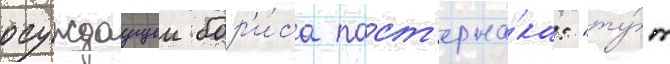
осуждаущеи бор'и́са паст'ерна́ка: "ту́т